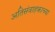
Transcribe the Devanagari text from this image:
अतिसंवाहकाच्या